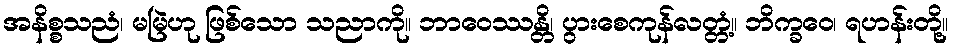
အနိစ္စသညံ၊ မမြဲဟု ဖြစ်သော သညာကို။ ဘာဝေဿန္တိ၊ ပွားစေကုန်လတ္တံ့။ ဘိက္ခဝေ၊ ရဟန်းတို့။